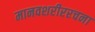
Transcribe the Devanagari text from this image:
मानवशरीररचना